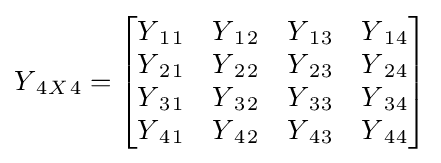
Y{_{4}}{_{X}}{_{4}}={\begin{bmatrix}Y{_{1}}{_{1}}&Y{_{1}}{_{2}}&Y{_{1}}{_{3}}&Y{_{1}}{_{4}}\\Y{_{2}}{_{1}}&Y{_{2}}{_{2}}&Y{_{2}}{_{3}}&Y{_{2}}{_{4}}\\Y{_{3}}{_{1}}&Y{_{3}}{_{2}}&Y{_{3}}{_{3}}&Y{_{3}}{_{4}}\\Y{_{4}}{_{1}}&Y{_{4}}{_{2}}&Y{_{4}}{_{3}}&Y{_{4}}{_{4}}\\\end{bmatrix}}